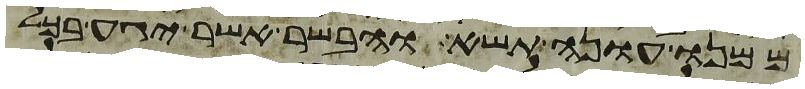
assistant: ממנו עונה תשא והבשר אשר יגע בכל